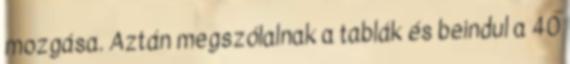
mozgása. Aztán megszólalnak a tablák és beindul a 40